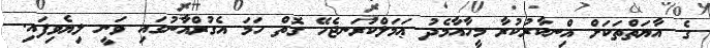
ގެ އާޔަތްތަކަށް އިްނކާރުކުރާ މީހާއާމެދު ޢަމަލްކުރަނޖެހޭ ގޮތް ހަމަ އެގުރްއާނުގައި ވަނީ ލިޔެވިފައި.